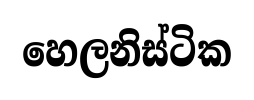
හෙලනිස්ටික